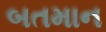
બતમાન